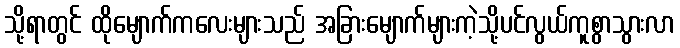
သို့ရာတွင် ထိုမျောက်ကလေးများသည် အခြားမျောက်များကဲ့သို့ပင်လွယ်ကူစွာသွားလာ